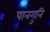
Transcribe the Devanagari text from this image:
पानगुनि